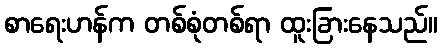
စာရေးဟန်က တစ်စုံတစ်ရာ ထူးခြားနေသည်။